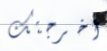
أخرجتك